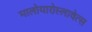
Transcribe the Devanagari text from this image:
मालोयारोस्लावेत्स